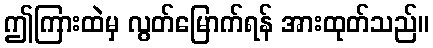
ဤကြားထဲမှ လွတ်မြောက်ရန် အားထုတ်သည်။